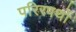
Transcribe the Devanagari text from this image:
परिरपथों